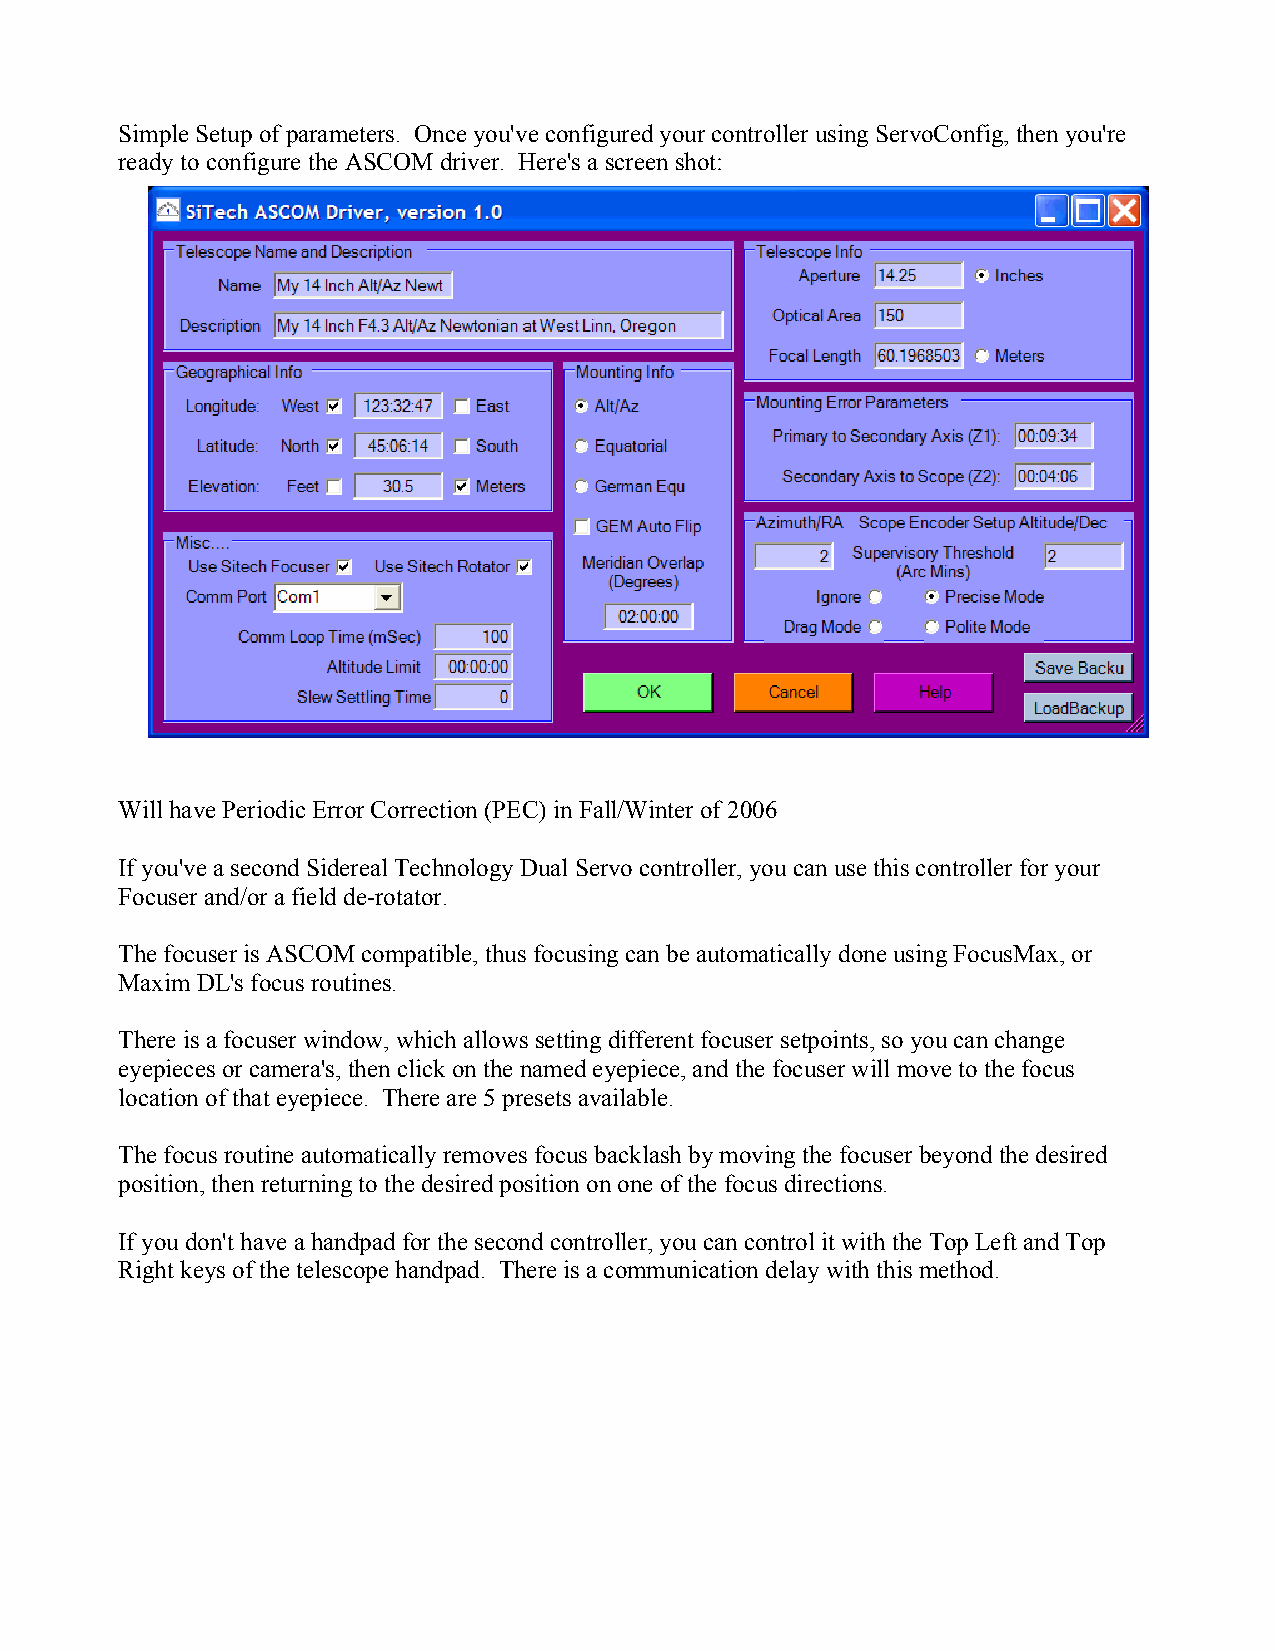
Simple Setup of parameters. Once you've configured your controller using ServoConfig, then you're
 ready to configure the ASCOM driver. Here's a screen shot:
 Will have Periodic Error Correction (PEC) in Fall/Winter of 2006
 If you've a second Sidereal Technology Dual Servo controller, you can use this controller for your
 Focuser and/or a field de-rotator.
 The focuser is ASCOM compatible, thus focusing can be automatically done using FocusMax, or
 Maxim DL's focus routines.
 There is a focuser window, which allows setting different focuser setpoints, so you can change
 eyepieces or camera's, then click on the named eyepiece, and the focuser will move to the focus
 location of that eyepiece. There are 5 presets available.
 The focus routine automatically removes focus backlash by moving the focuser beyond the desired
 position, then returning to the desired position on one of the focus directions.
 If you don't have a handpad for the second controller, you can control it with the Top Left and Top
 Right keys of the telescope handpad. There is a communication delay with this method.